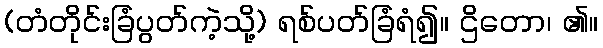
(တံတိုင်းခြံပွတ်ကဲ့သို့) ရစ်ပတ်ခြံရံ၍။ ဌိတော၊ ၏။